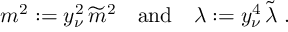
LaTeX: m ^ { 2 } : = y _ { \nu } ^ { 2 } \, \widetilde m ^ { 2 } \quad \mathrm { a n d } \quad \lambda : = y _ { \nu } ^ { 4 } \, \widetilde \lambda \; .